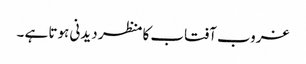
غروب آفتاب کا منظر دیدنی ہوتا ہے ۔